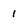
Character: 1